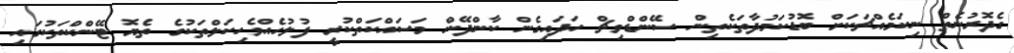
ގެދޮރުނެތް ނިކަމެއްޗަކަށް ބޮޑުކަމުދާތަކެތިން ސޭންޑްވިޗް ހަދައިގެން ކާންދޭން މަސައްކަތްކުރީ ފުލުހެއްވެހިކަލްތަކުގެ ތެޔޮ ޓޭންކްތަކުގައި